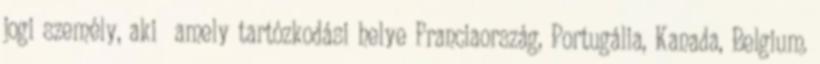
jogi személy, aki amely tartózkodási helye Franciaország, Portugália, Kanada, Belgium.